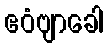
ဧဝံဗျာခေါ